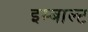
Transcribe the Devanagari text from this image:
इम्बाल्ट